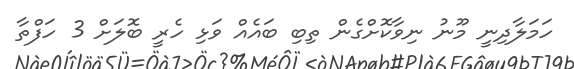
ހަމަލާދިނީ މޫނު ނިވާކޮށްގެން ތިބި ބައެއް ވަޅި ހެރީ ބޮލަށް 3 ހަފްތާ